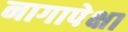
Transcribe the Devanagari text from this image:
नागापेक्षा